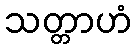
သတ္တာဟံ